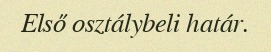
Első osztálybeli határ.